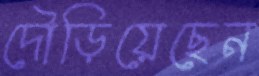
দৌড়িয়েছেন